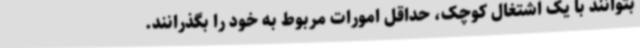
بتوانند با یک اشتغال کوچک، حداقل امورات مربوط به خود را بگذرانند.